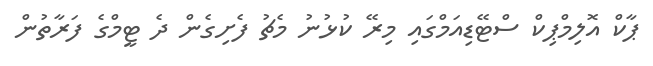
ޕާކް އޮލިމްޕިކް ސްޓޭޑިއަމްގައި މިރޭ ކުޅުނު މެޗު ފެށިގެން ދެ ޓީމްގެ ފަރާތުން